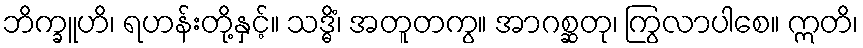
ဘိက္ခူဟိ၊ ရဟန်းတို့နှင့်။ သဒ္ဓိံ၊ အတူတကွ။ အာဂစ္ဆတု၊ ကြွလာပါစေ။ ဣတိ၊